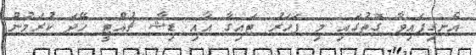
އެނގިފައިވާ ގޮތުގައި މި ފަހަރު ޓައިގާ އާއި ޑިޝާ ޗުއްޓީ ހޭދަ ކުރަމުން